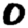
Digit: 0